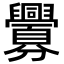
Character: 𮍲